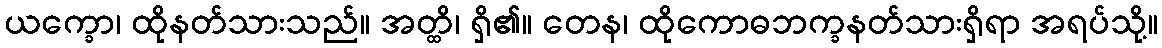
ယက္ခော၊ ထိုနတ်သားသည်။ အတ္ထိ၊ ရှိ၏။ တေန၊ ထိုကောဓဘက္ခနတ်သားရှိရာ အရပ်သို့။